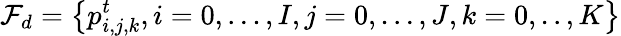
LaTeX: \mathcal{F}_{d}=\left\{ p_{i,j,k}^{t},i=0,\ldots,I,j=0,\ldots,J,k=0,..,K\right\}